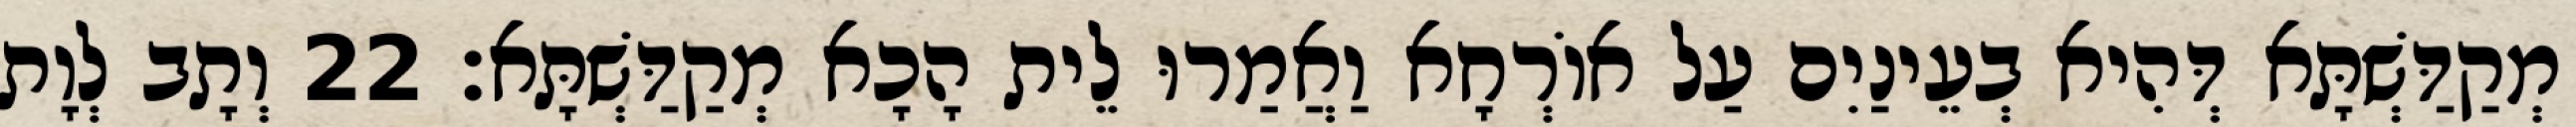
מְקַדַּשְׁתָּא דְּהִיא בְעֵינַיִם עַל אוֹרְחָא וַאֲמַרוּ לֵית הָכָא מְקַדַּשְׁתָּא׃ 22 וְתָב לְוָת